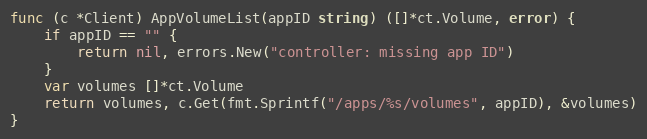
Language: Go
func (c *Client) AppVolumeList(appID string) ([]*ct.Volume, error) {
	if appID == "" {
		return nil, errors.New("controller: missing app ID")
	}
	var volumes []*ct.Volume
	return volumes, c.Get(fmt.Sprintf("/apps/%s/volumes", appID), &volumes)
}